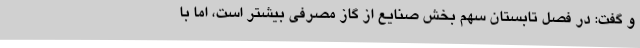
و گفت: در فصل تابستان سهم بخش صنایع از گاز مصرفی بیشتر است، اما با